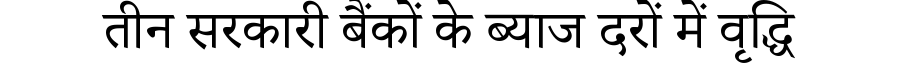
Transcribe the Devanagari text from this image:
तीन सरकारी बैंकों के ब्याज दरों में वृद्धि